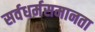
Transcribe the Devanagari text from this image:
सर्वधर्मसमानता